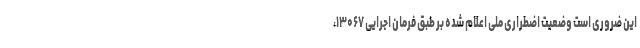
این ضروری است وضعیت اضطراری ملی اعلام شده بر طبق فرمان اجرایی ۱۳۰۶۷،